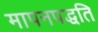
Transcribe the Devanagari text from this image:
मापनपद्धति